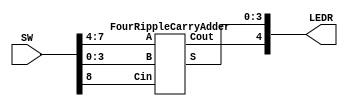
module part2(LEDR, SW);
	input [9:0] SW;
	output [9:0] LEDR;
	
	FourRippleCarryAdder frca(.A(SW[7:4]), .B(SW[3:0]), .Cin(SW[8]), .S(LEDR[3:0]), .Cout(LEDR[4]));
endmodule


module FourRippleCarryAdder(A, B, Cin, S, Cout);
	input [3:0] A;
	input [3:0] B;
	input Cin;
	
	output [3:0] S;
	output Cout;
	
	wire [2:0] w;
	
	FullAdder FA0(.b(B[0]), .a(A[0]), .cin(Cin), .cout(w[0]), .out(S[0]));
	FullAdder FA1(.b(B[1]), .a(A[1]), .cin(w[0]), .cout(w[1]), .out(S[1]));
	FullAdder FA2(.b(B[2]), .a(A[2]), .cin(w[1]), .cout(w[2]), .out(S[2]));
	FullAdder FA3(.b(B[3]), .a(A[3]), .cin(w[2]), .cout(Cout), .out(S[3]));
endmodule


module FullAdder(b, a, cin, cout, out);
	input b, a, cin;
	output cout, out;
	
	assign cout = (b & ~(a ^ b)) | (cin & (a ^ b));
	assign out = b ^ a ^ cin;
endmodule